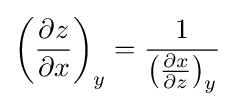
{\left({\frac {\partial z}{\partial x}}\right)}_{y}={\frac {1}{{\left({\frac {\partial x}{\partial z}}\right)}_{y}}}